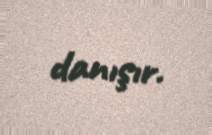
danışır.